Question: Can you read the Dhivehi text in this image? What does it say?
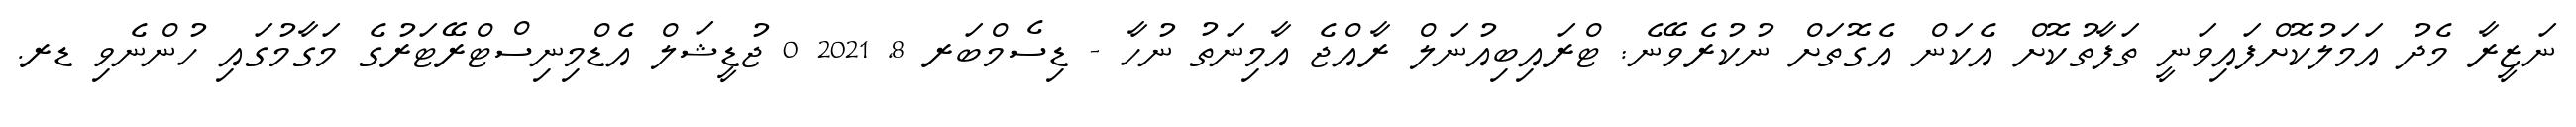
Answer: ނަޒީރާ މެދު އަމަލުކޮށްފައިވަނީ ތަފާތުކޮށް އެކަން އެގޮތަށް ނުކުރެވޭނެ: ޓްރައިބިއުނަލް ރާއްޖެ އާމިނަތު ނުހާ - ޑިސެމްބަރ 8, 2021 0 ޖުޑީޝަލް އެޑްމިނިސްޓްރޭޓަރުގެ މަގާމުގައި ހުންނެވި ޑރ.